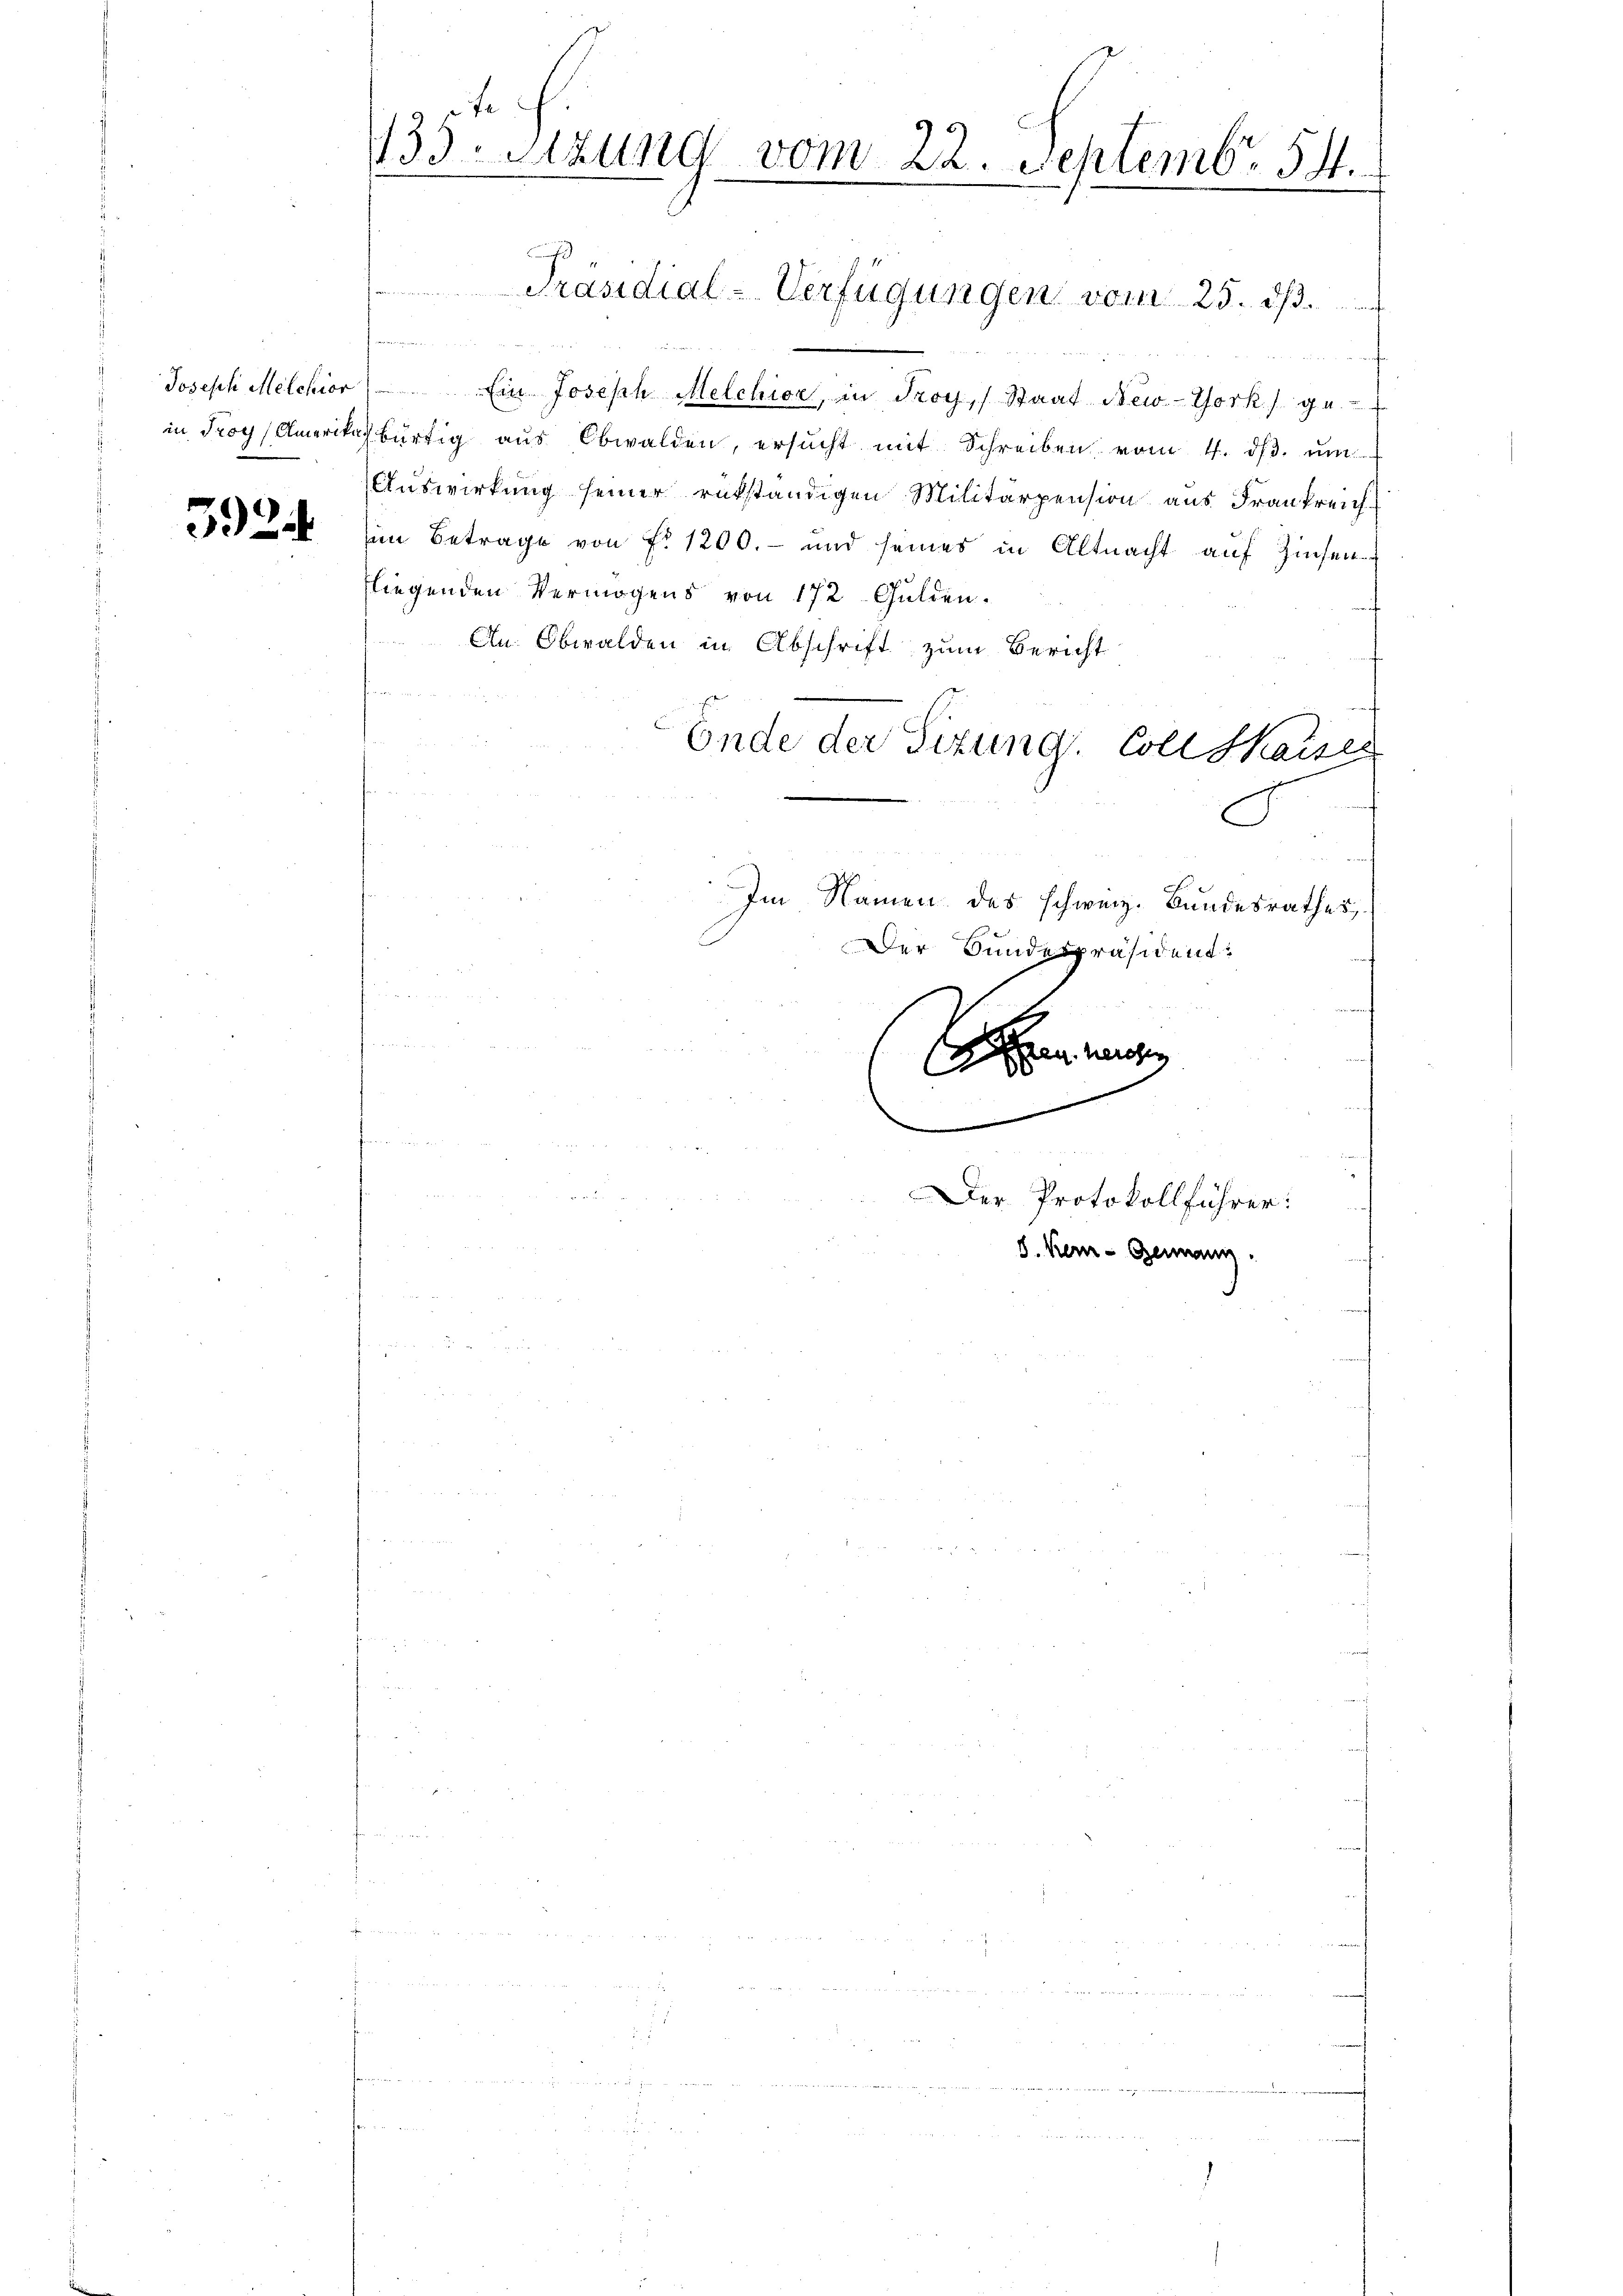
592

95
135. Sitzung vom 20. Septemb. 54.

Präsidial-Verfügungen vom 25. dβ.

e
Joseph Melchior Ein Joseph Melchior, in Troy, Staat New-York ge
in Troy Amerikalbürtig aŭs Obwalden, ersŭcht mit Schreiben vom 4. dβ. ŭm
Auswirkung seiner rükständigen Militärpension aus Frankreich
in Betrage von fr. 1200.- und seines in Altnacht auf Zinsen
fliegenden Vermögens von 172 Gulden.
An Obwalden in Abschrift zum Bericht
Ende der Sizung. Coll Saiser
G
Im Namen des schweiz. Bundesrathes,
Der Bundespräsident:
.
egnerosen
.

Der Protokollführer:
S. kam - Genann